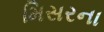
મિસરના